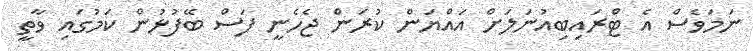
ނަމަވެސް އެ ޓްރައިބިއުނަލަށް އައްޔަން ކުރަން ޖެހެނީ ފަސް ބޭފުޅުން ކަމުގައި ވާތީ